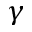
\gamma